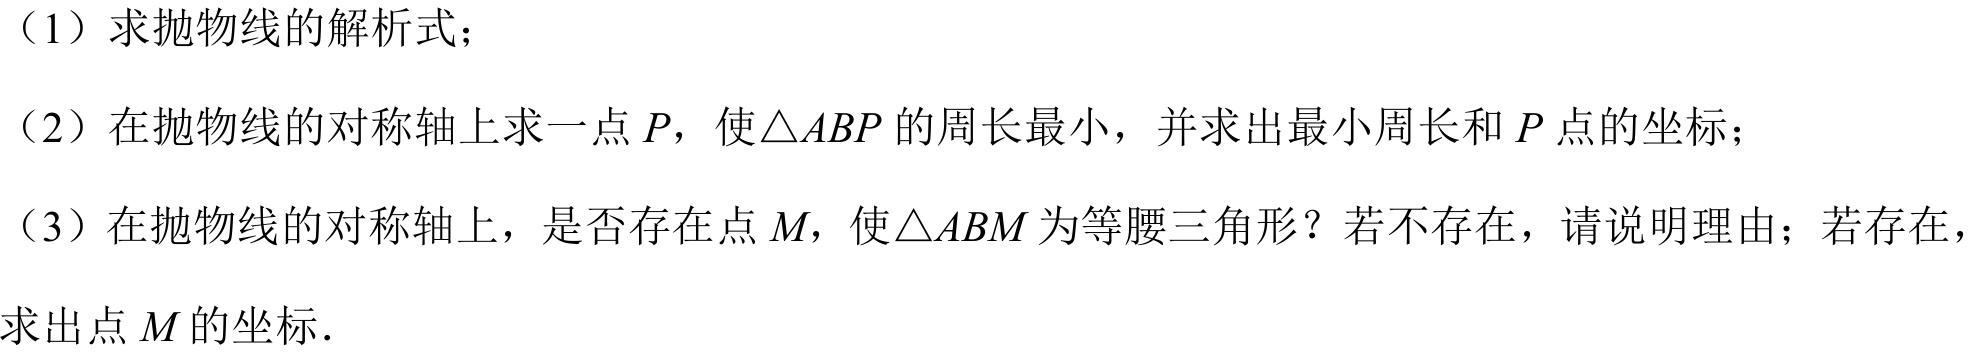
（1）求抛物线的解析式；
（2）在抛物线的对称轴上求一点\(P\)，使\(\triangle ABP\)的周长最小，并求出最小周长和\(P\)点的坐标；
（3）在抛物线的对称轴上，是否存在点\(M\)，使\(\triangle ABM\)为等腰三角形？若不存在，请说明理由；若存在，求出点\(M\)的坐标．